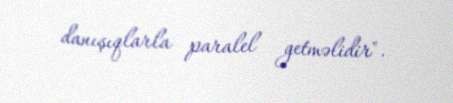
danışıqlarla paralel getməlidir".